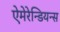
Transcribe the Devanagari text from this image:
ऐमेरेन्डियन्स